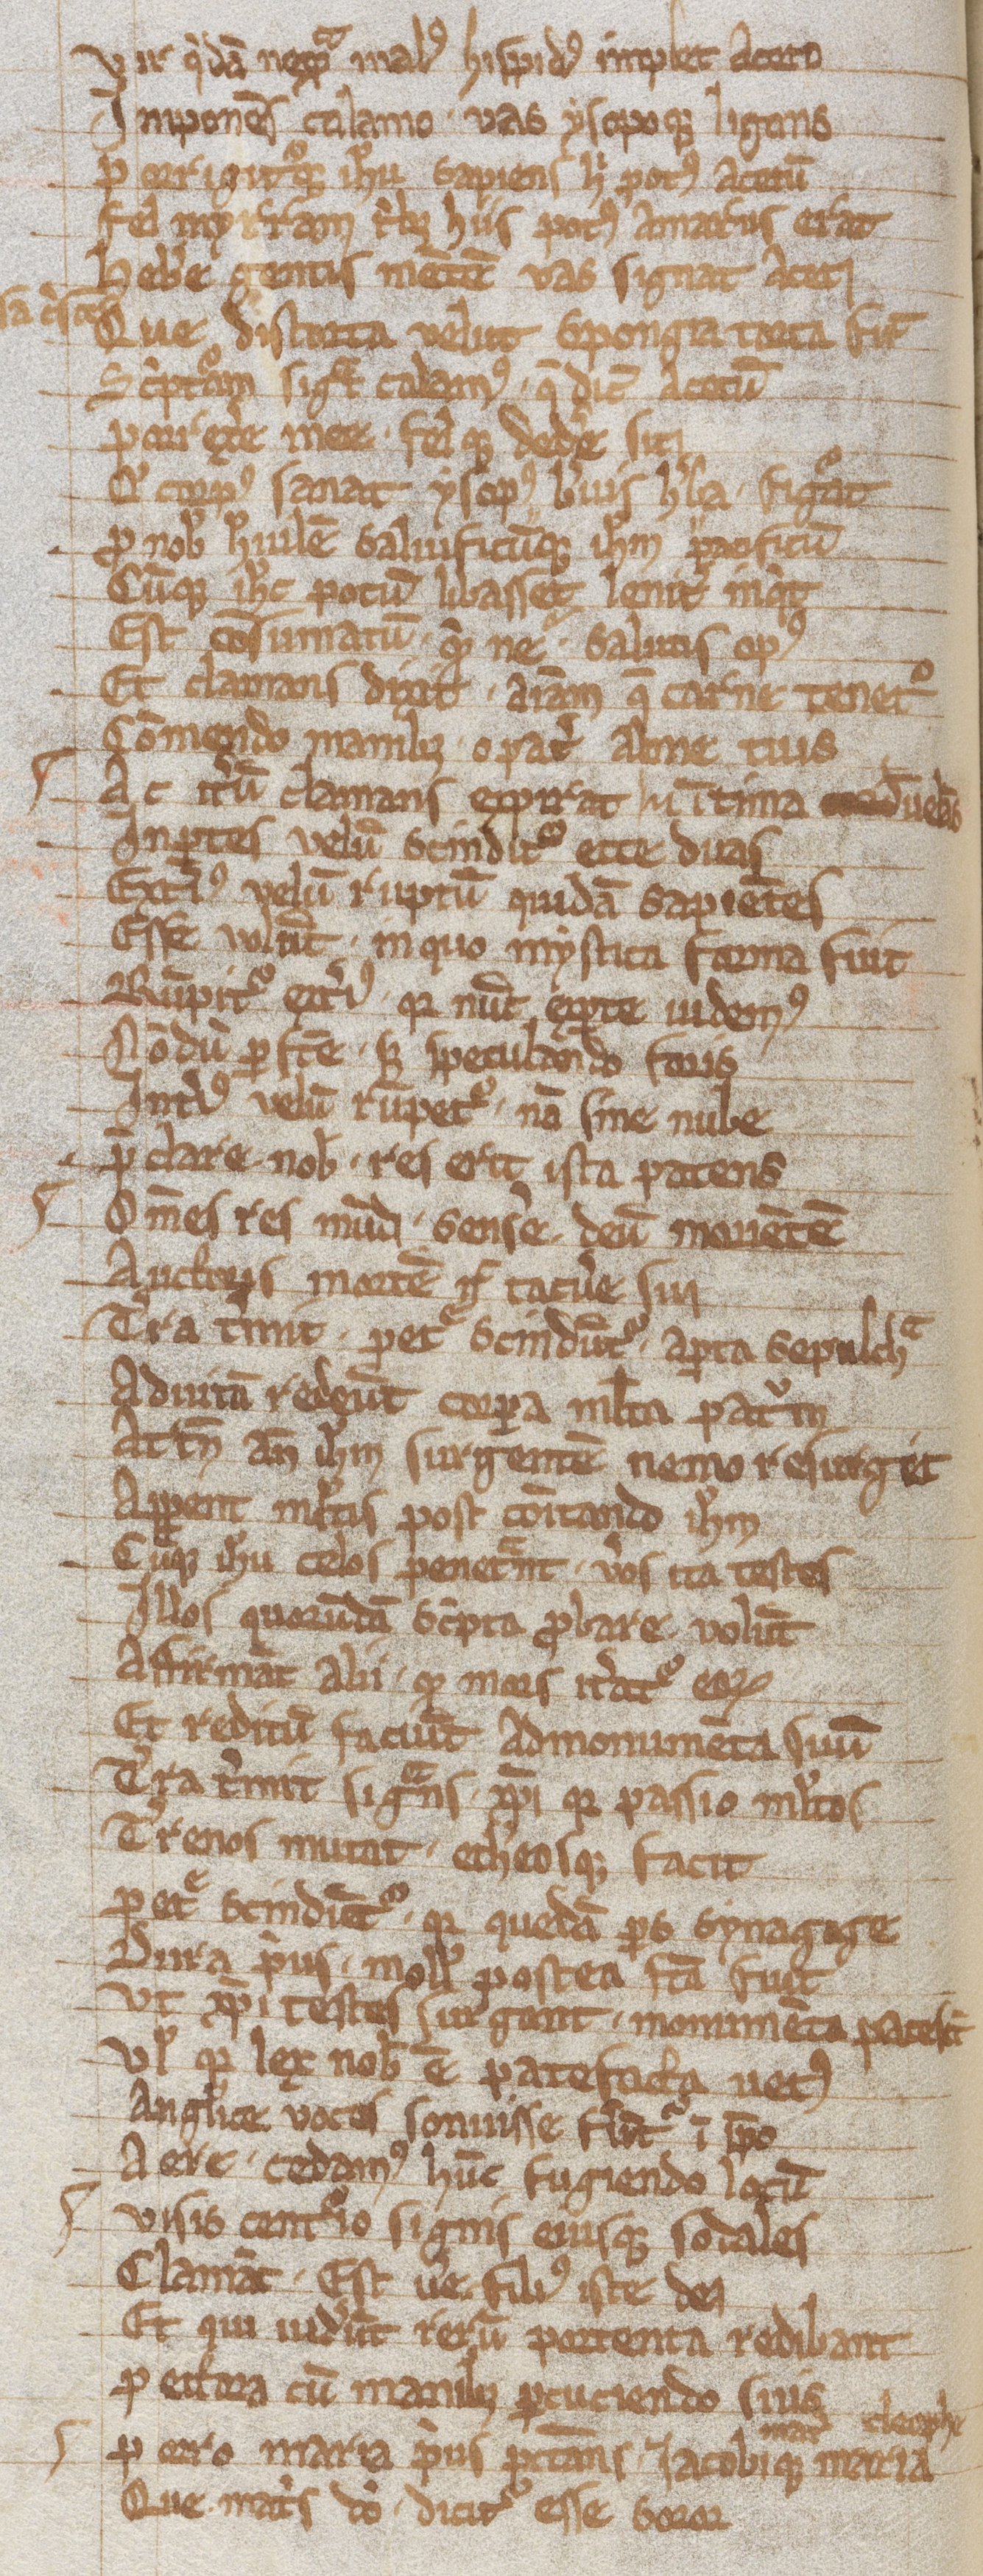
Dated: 1203–1203